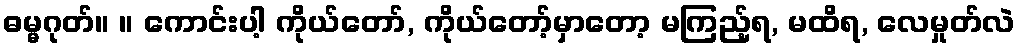
ဓမ္မဂုတ်။ ။ ကောင်းပါ့ ကိုယ်တော်, ကိုယ်တော့်မှာတော့ မကြည့်ရ, မထိရ, လေမှုတ်လဲ